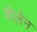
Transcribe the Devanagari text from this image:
शेलेन